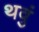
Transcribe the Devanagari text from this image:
थवुं